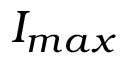
I _ { m a x }